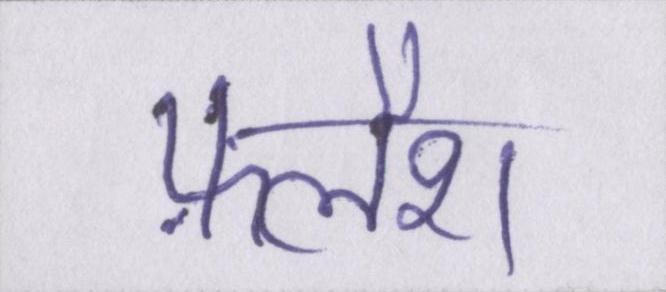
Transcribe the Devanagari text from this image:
फ़्लैश